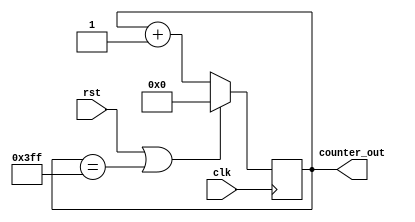
`timescale 1 ps/ 1 ps

module counter_1(clk,
                 rst,
                 counter_out);
                   
   input clk,
         rst;
   output reg [9:0] counter_out;

   always @(posedge clk) begin
        if (rst == 1'b1  ||  counter_out == 10'b1111111111)
          counter_out <= 10'b0;
        else
          counter_out <= counter_out + 1'b1;
   end
	
	endmodule